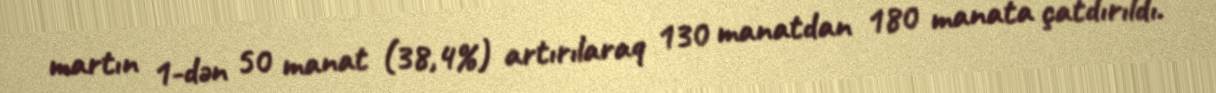
martın 1-dən 50 manat (38,4%) artırılaraq 130 manatdan 180 manata çatdırıldı.